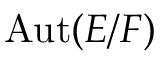
\operatorname { A u t } ( E / F )